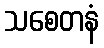
သစေတနံ